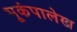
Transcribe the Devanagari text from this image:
भूकंपालेख